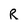
Character: R